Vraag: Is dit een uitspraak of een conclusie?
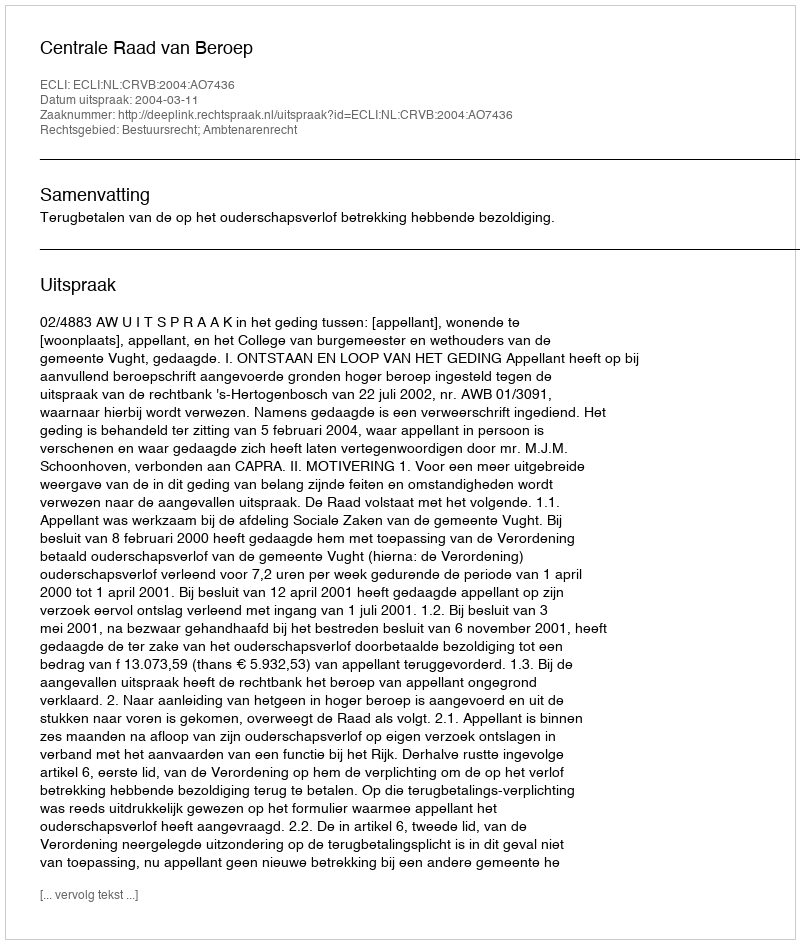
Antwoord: Uitspraak